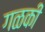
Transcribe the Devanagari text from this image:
गळकी